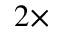
2 \times